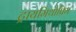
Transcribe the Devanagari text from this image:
ट्रायमिथोप्रिम